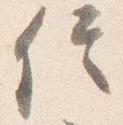
信